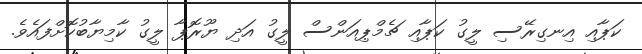
ކަޕާއި އިނގިރޭސި ލީގު ކަޕާއި ޗެމްޕިއަންސް ލީގު އަދި ޔޫރޮޕާ ލީގު ކާމިޔާބުކޮށްފައެވެ.